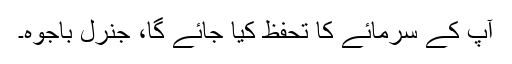
آپ کے سرمائے کا تحفظ کیا جائے گا، جنرل باجوہ۔